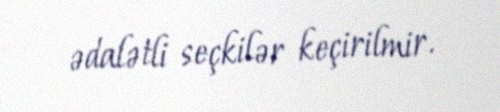
ədalətli seçkilər keçirilmir.